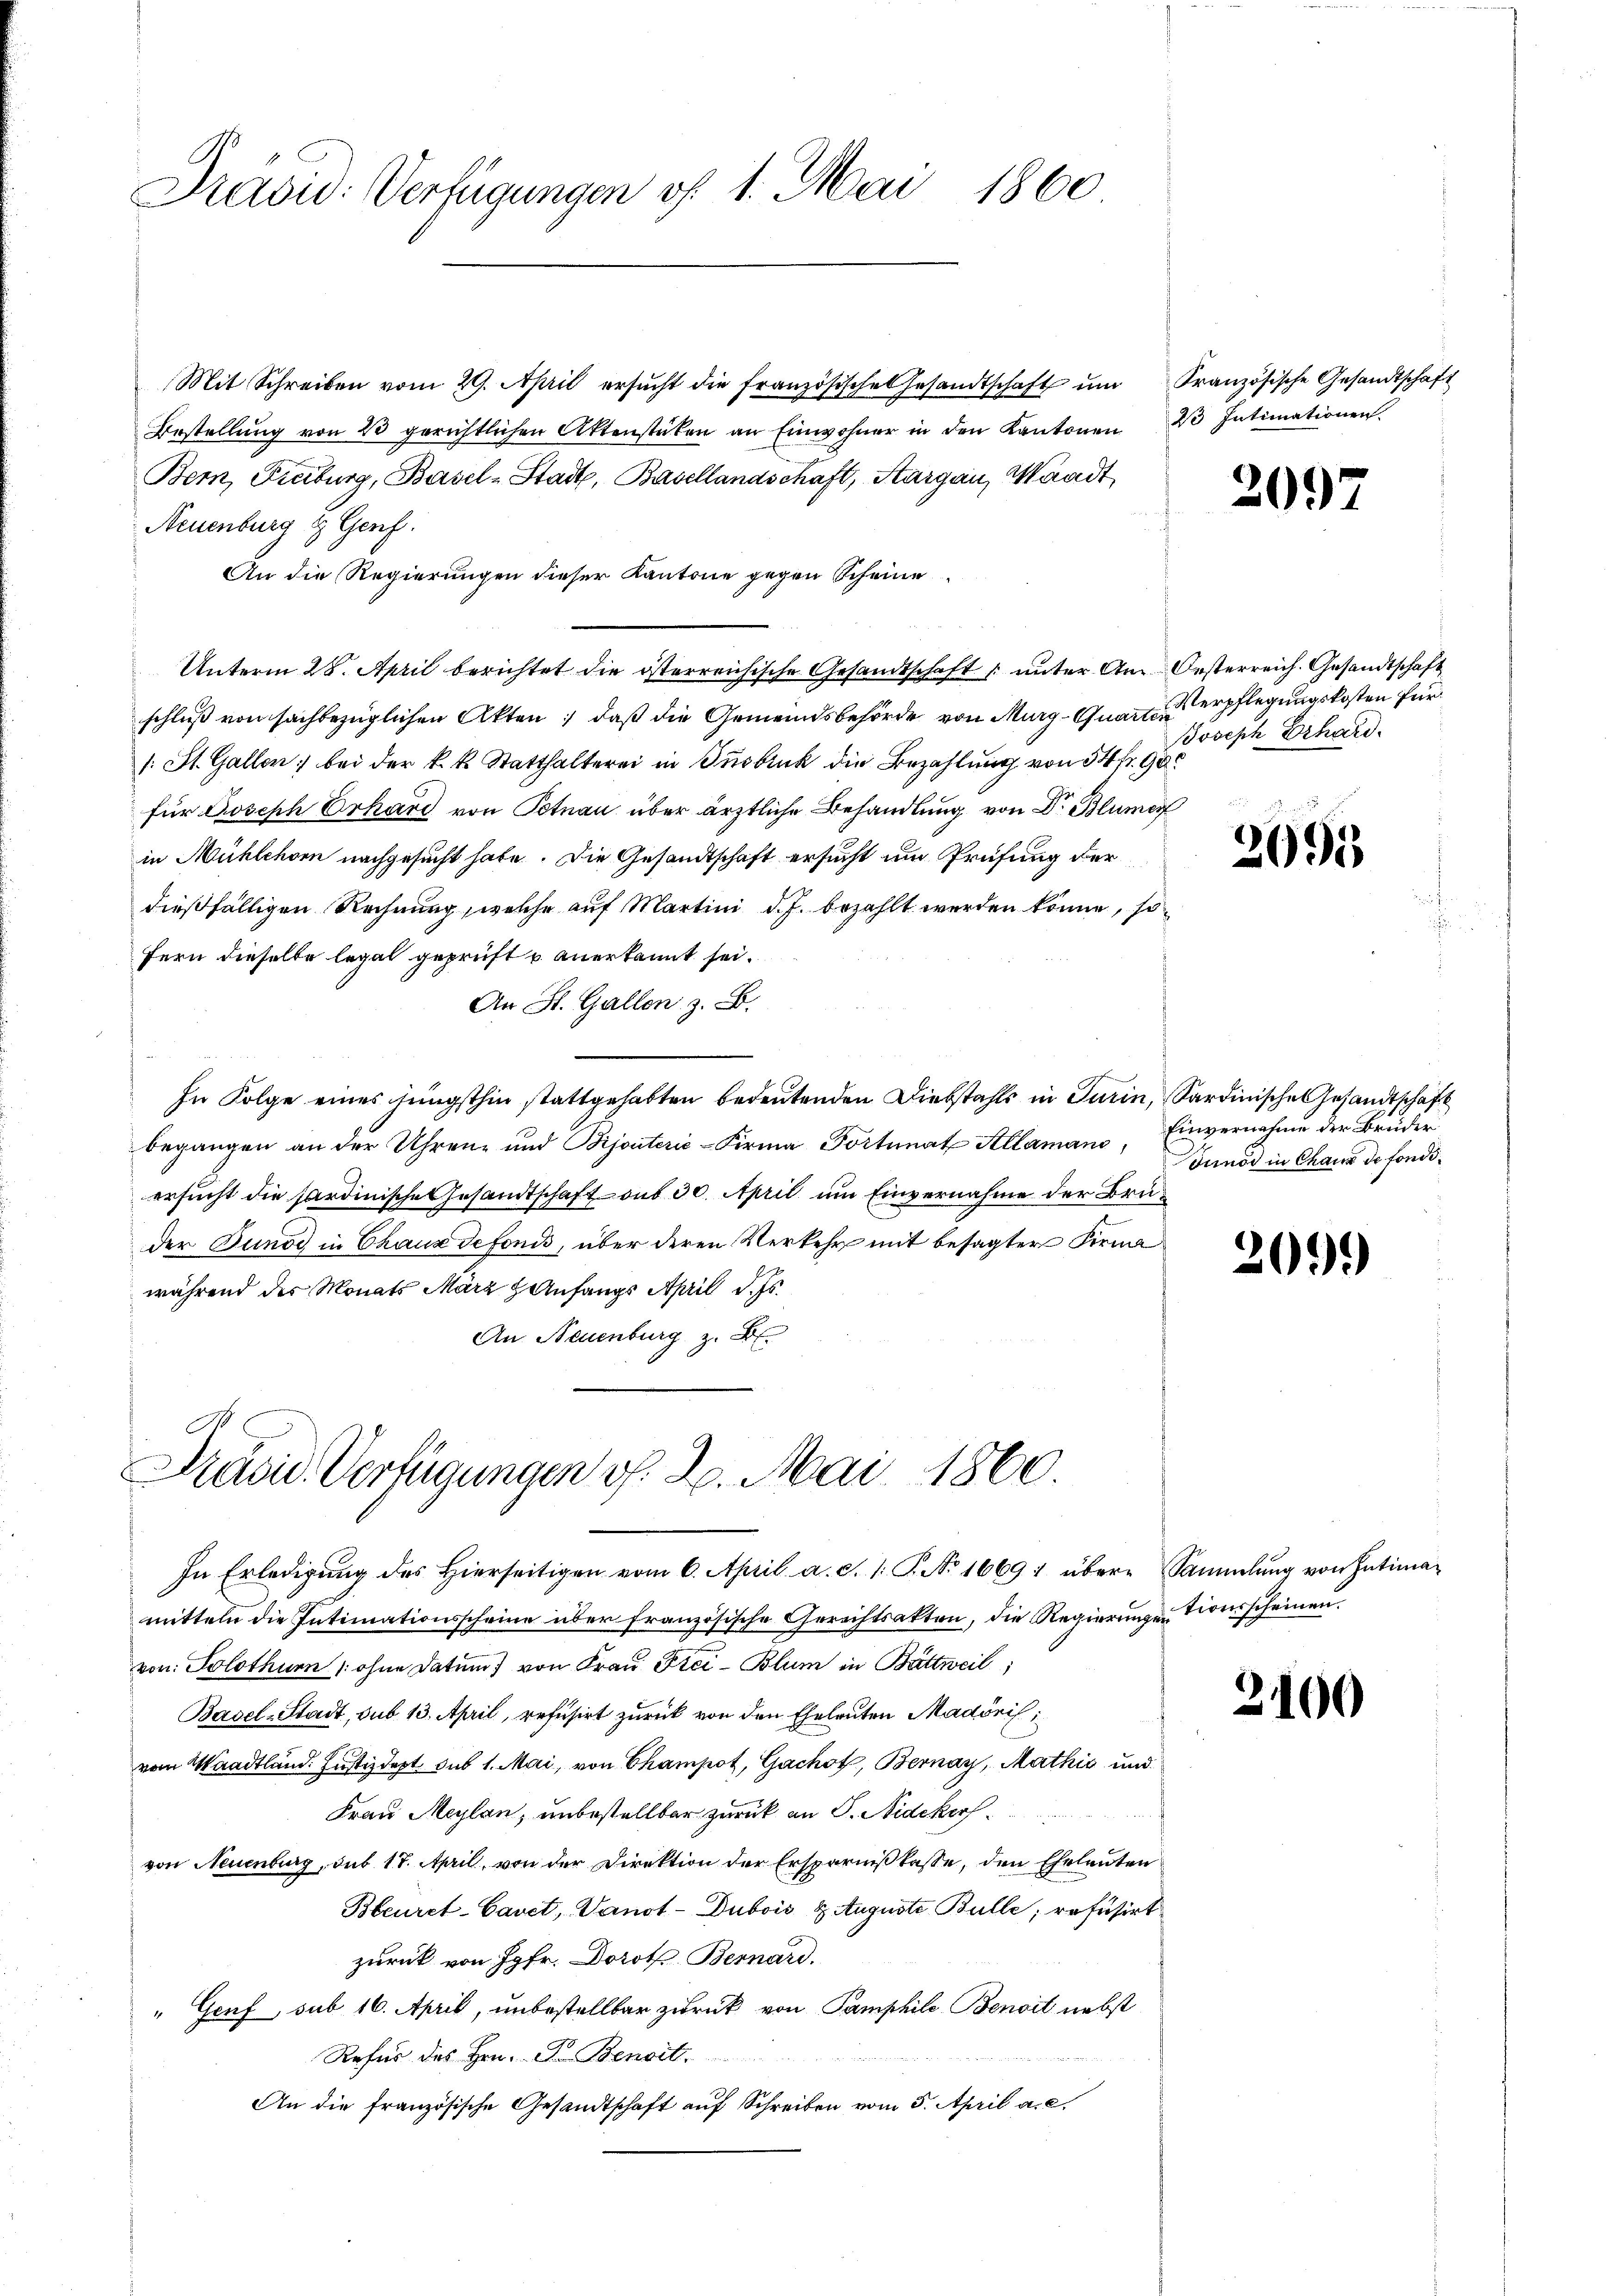
Prävid: Verfügungen of 1. Mai 1860

Mit Schreiben vom 29. April ersŭcht die französische Gesandtschaft ŭm Französische Gesandtschaft
Bestellŭng von 23 gerichtlichen Aktenstücken an Einwohner in den Kantonen 20 Intimationen.
Bern, Freiburg, Basel-Stadt, Basellandschaft, Aargau, Waadt,
Neuenburg & Genf.
An die Regierungen dieser Kantone gegen Scheine
Unterm 28. April berichtet die österreichische Gesandtschaft unter Am Oesterreich. Gesandtschaft
schluß von sachbezüglichen Akten, daß die Gemeindsbehörde von Murg-Quarterpflegungskosten für
/: St. Gallen; bei der k.k. Statthalterei in Insbruck die Bezahlung von 54 fr. 98
für Joseph Erhard von Potnau über ärztliche Behandlung von Dr Blumen
in Mühlehorn nachgesucht hate. Die Gesandtschaft ersucht und Prüfung der
dießfälligen Rechnung, welche auf Martini d. J. bezahlt werden könne, sofern dieselbe legal geprüft u. anerkannt sei.
An St. Gallen z. B.
In Folge eines jüngsthin stattgehabten bedeutenden Diebstahls in Turin, Sardinische Gesandtschaft
begangen an der Uhren- und Bijouterić -Firma Portunat Allamans, Einvernahme der Brüder
ersucht die sardinische Gesandtschaft aus 30. April um Einvernahme der Bruder Bunde in Chaux defonis, über deren Verkehr mit besagter Firma
während des Monats März Zanfangs April d. Js.
An Neuenburg z. B.

Präsid. Verfügungen d. 2. Mai 1860.
In Erledigŭng des hierseitigen vom 6. April a. c. 1 S. No 1669 : übere Sammlung von Intima-

mitteln die Intimationsscheine über französische Gerechtsakten, die Regierungentionsscheinen.
von: Solothur (ohne Datum) von Frau Frei-Blum in Bättweil,
Basel-Stadt, sub 13. April, refusirt zurück von den Eheleuten Madöris
vom Waadtland: Justizdept. sub 1. Mai, von Champot, Gachof, Bernay, Mathis und
Frau Maylan, unbestellbar zurück an S. Nidekers
f
von Neuenburg, sub 17. April, von der Direktion der Ersparnißkasse, den Eheleuten
Bteuret-Cavet, Vanot - Dubois & Auguste Bulle; refusirt
zurück von Jgfr. Doroth Bernard.
" Genf, sub 16. April, unbestellbar zurück von Pamphile Benoit nebst
Refur des Hrn. F. Benoit.
An die französische Gesandtschaft auf Schreiben vom 3. April a. c.

20.)

Joseph Erhard.

2095

Junod in Chaux de fondi¬

209)

9.

100